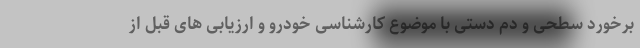
برخورد سطحی و دم دستی با موضوع کارشناسی خودرو و ارزیابی های قبل از